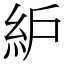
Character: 䋆